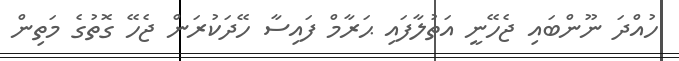
ހުއްދަ ނޫންބައި ޖެހޭނީ އަތުލާފައި ޙަރާމް ފައިސާ ހޭދަކުރަން ޖެހޭ ގޮތުގެ މަތިން